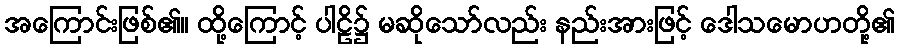
အကြောင်းဖြစ်၏။ ထို့ကြောင့် ပါဠိ၌ မဆိုသော်လည်း နည်းအားဖြင့် ဒေါသမောဟတို့၏